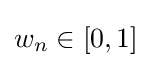
w_{n}\in [0,1]